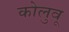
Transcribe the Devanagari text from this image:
कोलुवू